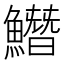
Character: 𩻛